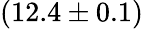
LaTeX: (12.4\pm 0.1)